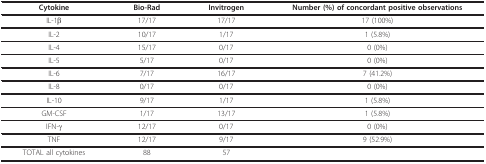
| Cytokine | Bio-Rad | Invitrogen | Number (%) of concordant positive observations |
 | --- | --- | --- | --- |
 | IL-1β | 17/17 | 17/17 | 17 (100%) |
 | IL-2 | 10/17 | 1/17 | 1 (5.8%) |
 | IL-4 | 15/17 | 0/17 | 0 (0%) |
 | IL-5 | 5/17 | 0/17 | 0 (0%) |
 | IL-6 | 7/17 | 16/17 | 7 (41.2%) |
 | IL-8 | 0/17 | 0/17 | 0 (0%) |
 | IL-10 | 9/17 | 1/17 | 1 (5.8%) |
 | GM-CSF | 1/17 | 13/17 | 1 (5.8%) |
 | IFN-γ | 12/17 | 0/17 | 0 (0%) |
 | TNF | 12/17 | 9/17 | 9 (52.9%) |
 | TOTAL all cytokines | 88 | 57 |  |